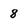
Character: 8